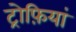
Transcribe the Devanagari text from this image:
ट्रोफ़ियां